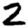
Digit: 2